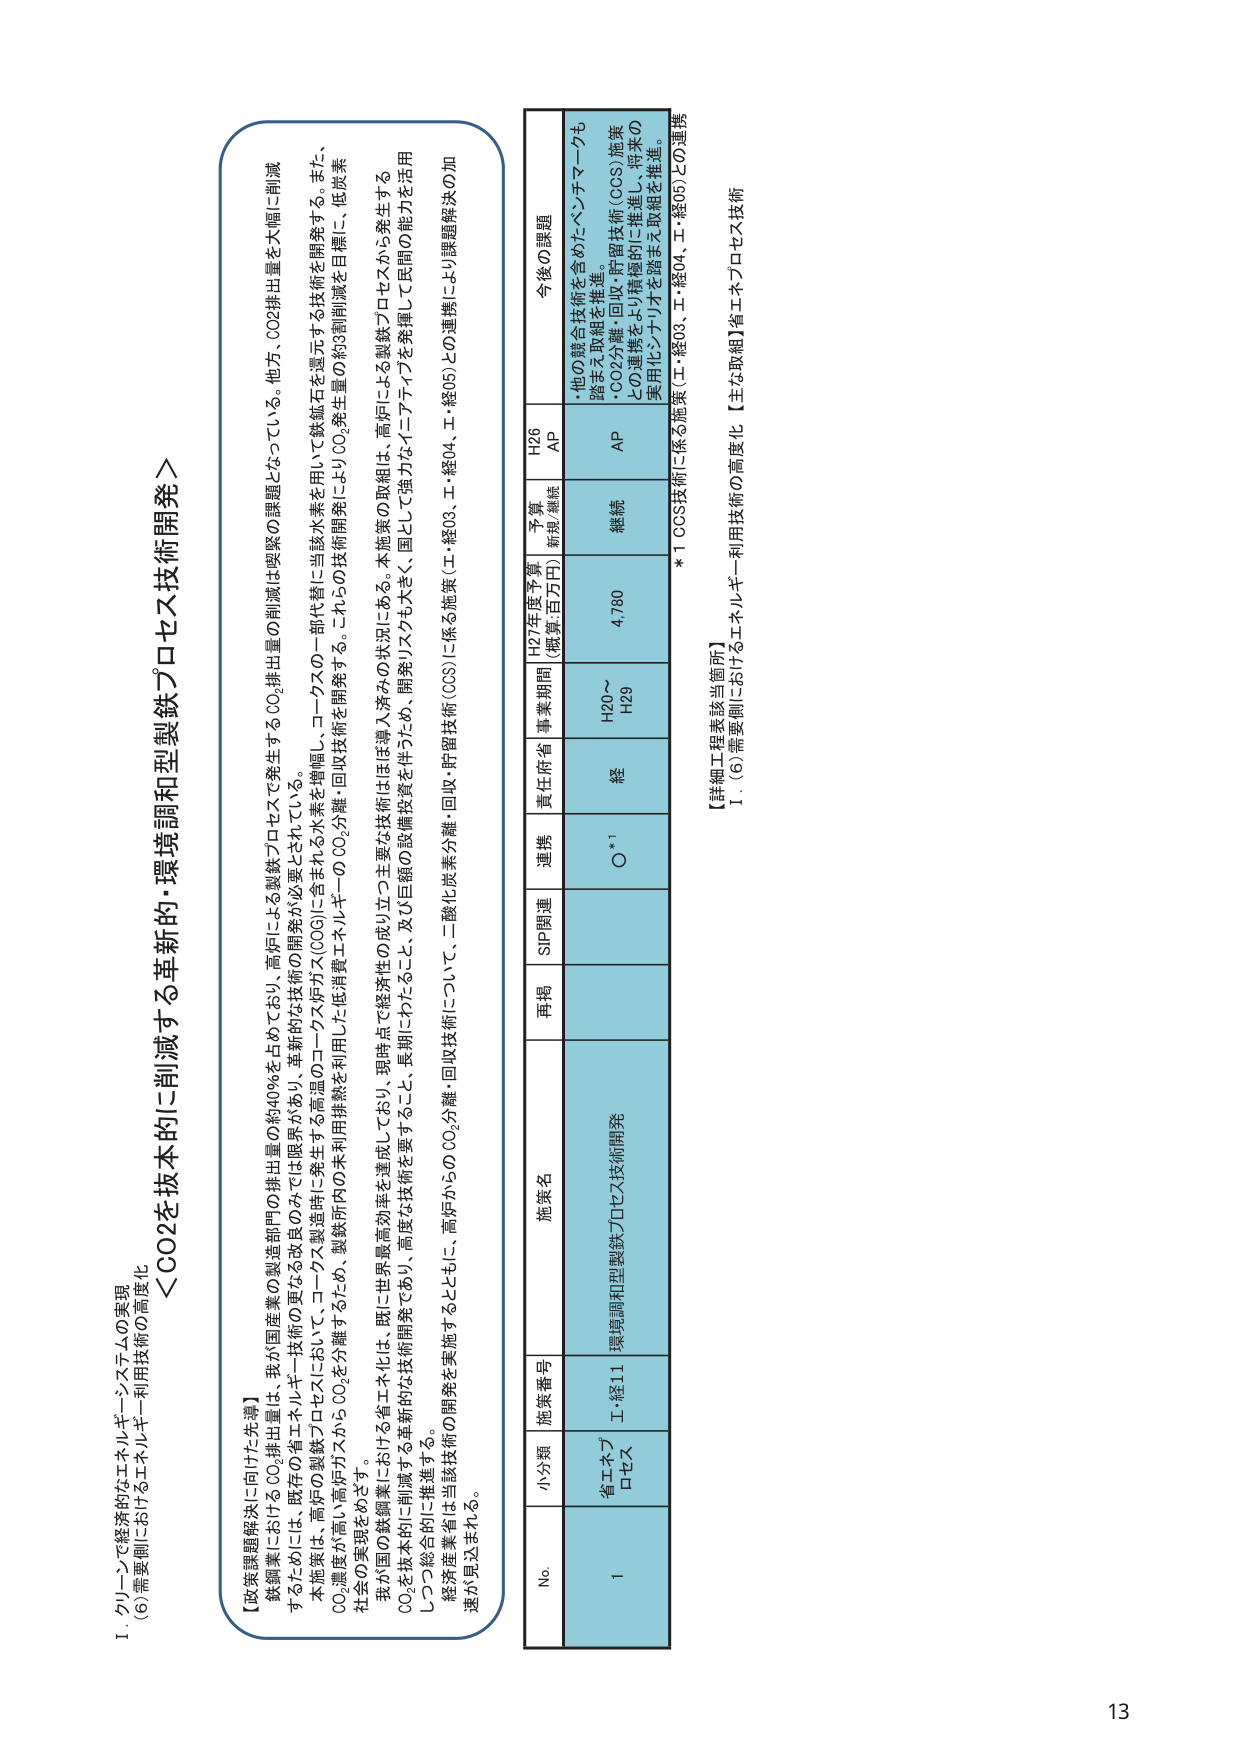
I. グリーンで経済的なエネルギー・システムの実現
(6) 需要側におけるエネルギー利用技術の高度化

＜CO2を抜本的に削減する革新的・環境調和型製鉄プロセス技術開発＞

【政策課題解決に向けた背景】
鉄鋼業におけるCO2排出量は、我が国産業の製造部門の排出量の約40％を占めており、高炉による製鉄プロセスで発生するCO2排出量の削減は喫緊の課題となっている。他方、CO2排出量を大幅に削減するためには、既存の製鉄プロセス技術の更なる改良のみでは限界があり、革新的な技術の開発が必要とされている。
本施策は、高炉の製鉄プロセスにおいて、コークス製造時に発生する高温のコークス炉ガス(COG)に含まれる水素を増幅し、コークスの一部代替に当該水素を用いて鉄鉱石を還元する技術を開発する。また、CO2濃度が高い高炉ガスからCO2を分離するため、製鉄所内の未利用排熱を利用した低消費エネルギーのCO2分離・回収技術を開発する。これらの技術開発によりCO2発生量の約3割削減を目標に、低炭素社会の実現をめざす。
我が国の鉄鋼業における省エネ化は、既に世界最高効率を達成しており、現時点で経済性の成立しつつ主要な技術はほぼ導入済みの状況にある。本施策の取組は、高炉による製鉄プロセスから発生するCO2を抜本的に削減する革新的な技術開発であり、高度な技術を要すること、長期にわたること、及び巨額の設備投資を伴うため、開発リスクも大きく、国として強力なイニシアチブを発揮して民間の能力を活用しつつ総合的に推進する。
経済産業省は当該技術の開発を実施するとともに、高炉からのCO2分離・回収技術について、二酸化炭素分離・回収・貯留技術(CCS)に係る施策（工・経03、工・経04、工・経05）との連携により課題解決の加速が見込まれる。

No. 小分類 施策番号 施策名 再掲 SIP関連 連携 責任府省 事業期間 H27年度予算 (概算:百万円) 予算 無視/継続 H26 AP 今後の課題
1 省エネプロセス 工・経11 環境調和型製鉄プロセス技術開発 ○*1 経 H20～H29 4,780 継続 AP ・他の競合技術を含めたベンチマークも踏まえ取組を推進。
・CO2分離・回収・貯留技術(CCS)施策との連携をより積極的に推進し、将来の実用化シナリオを踏まえ取組を推進。

*1 CCS技術に係る施策（工・経03、工・経04、工・経05）との連携

【詳細工程表該当箇所】
1. (6) 需要側におけるエネルギー利用技術の高度化 【主な取組】省エネプロセス技術

13